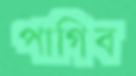
পাগিব